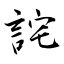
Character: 詫